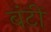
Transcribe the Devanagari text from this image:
बंटीं